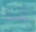
شئ